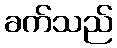
ခက်သည်